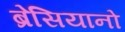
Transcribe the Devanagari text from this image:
ब्रेसियानो